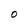
Character: O